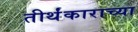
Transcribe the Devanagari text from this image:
तीर्थंकाराच्या